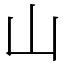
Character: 山